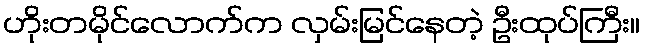
ဟိုးတမိုင်လောက်က လှမ်းမြင်နေတဲ့ ဦးထုပ်ကြီး။